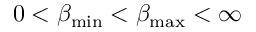
0 < \beta _ { \mathrm { m i n } } < \beta _ { \mathrm { m a x } } < \infty